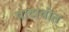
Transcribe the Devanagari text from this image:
वाटावीत